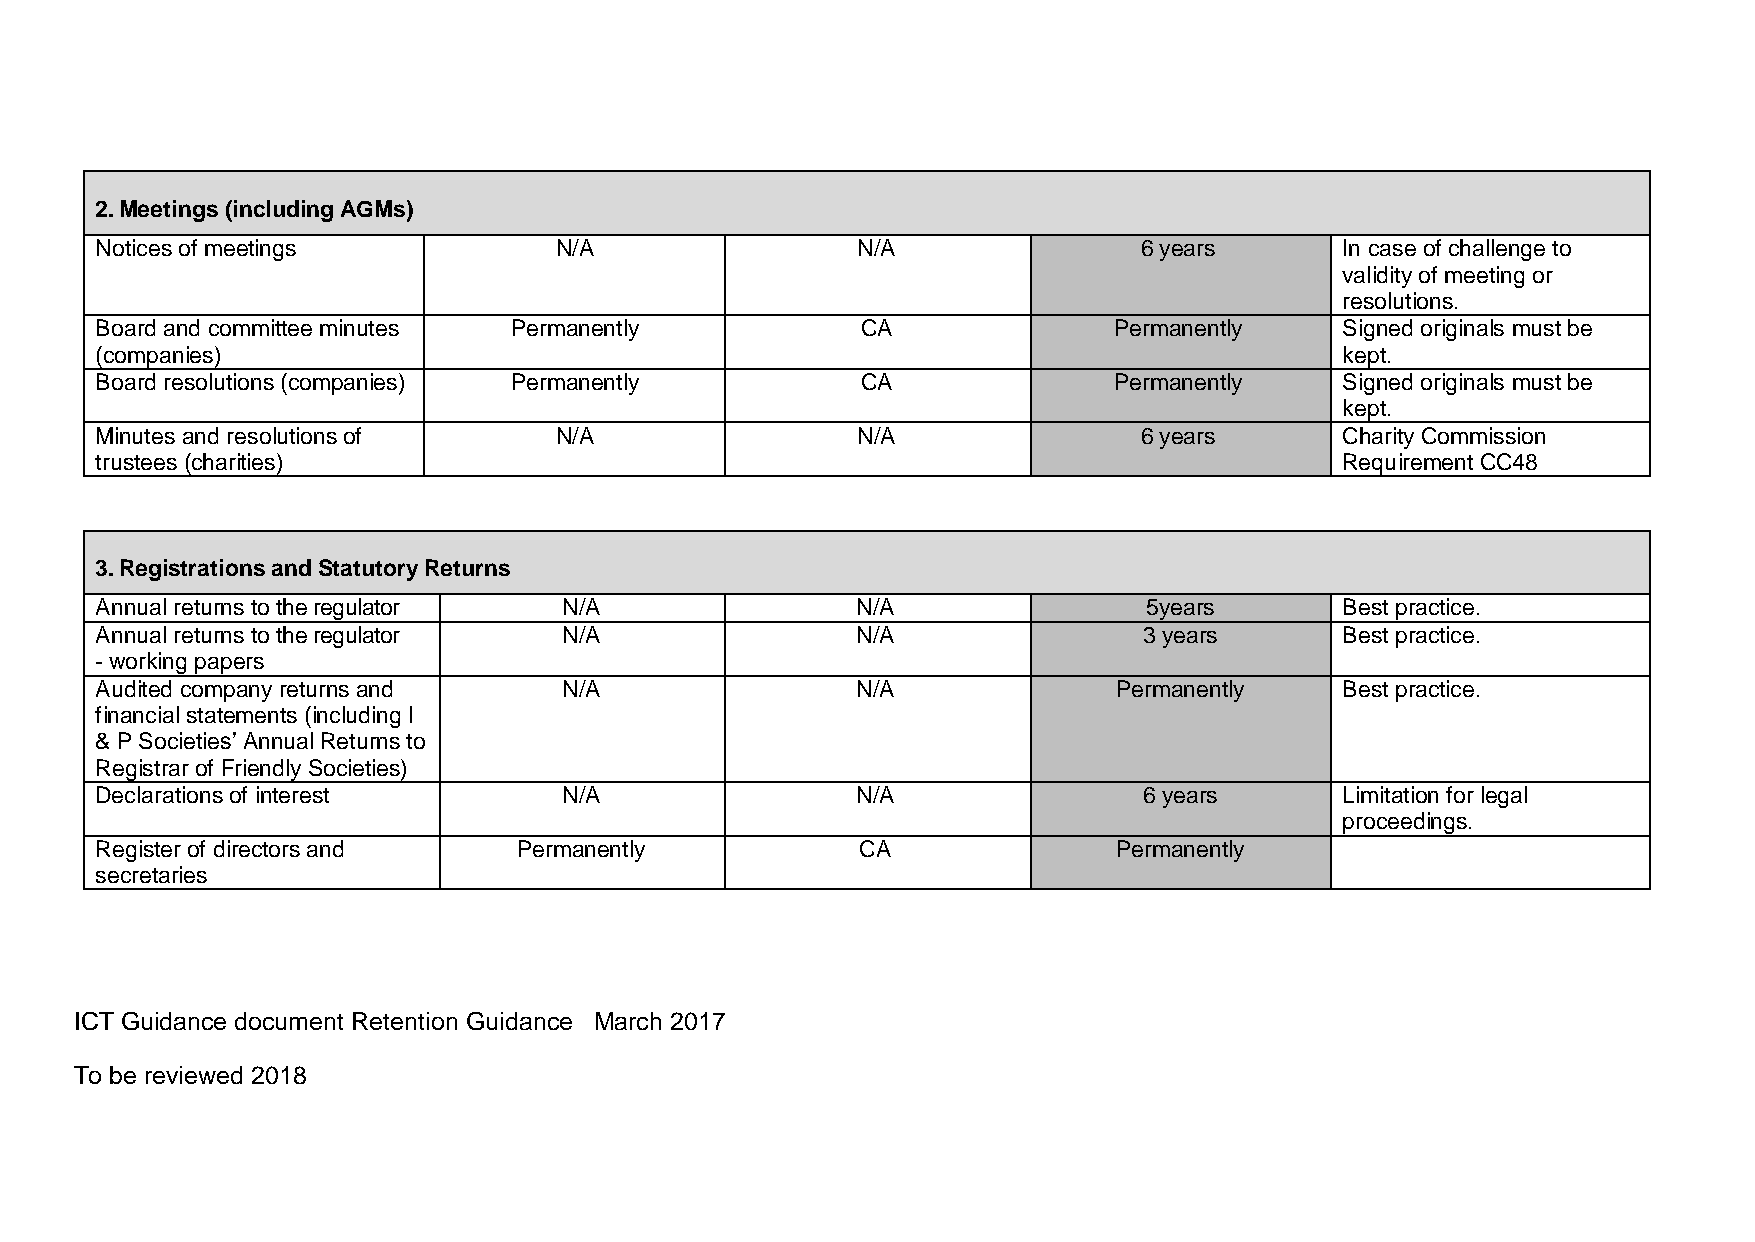
2. Meetings (including AGMs)
 Notices of meetings            N/A                 N/A               6 years       In case of challenge to
 validity of meeting or
 resolutions.
 Board and committee minutes Permanently            CA               Permanently    Signed originals must be
 (companies)                                                                        kept.
 Board resolutions (companies) Permanently          CA               Permanently    Signed originals must be
 kept.
 Minutes and resolutions of     N/A                 N/A               6 years       Charity Commission
 trustees (charities)                                                               Requirement CC48
 3. Registrations and Statutory Returns
 Annual returns to the regulator N/A                N/A                5years       Best practice.
 Annual returns to the regulator N/A                N/A                3 years      Best practice.
 working papers
 Audited company returns and    N/A                 N/A              Permanently    Best practice.
 financial statements (including I
 & P Societies’ Annual Returns to
 Registrar of Friendly Societies)
 Declarations of interest       N/A                 N/A                6 years      Limitation for legal
 proceedings.
 Register of directors and   Permanently            CA               Permanently
 secretaries
 ICT Guidance document Retention Guidance March 2017
 To be reviewed 2018